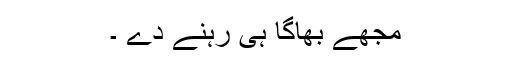
مجھے بھاگا ہی رہنے دے ۔